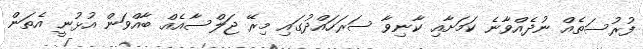
ފުރުސަތެއް ނުދެއްވާނެ ކަމަށާއި ކާނިވާ ސަރަހައްދުގައި މިރޭ ޖަލްސާއެއް ބާއްވަން އުޅުނީ އެތަން